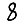
Digit: 8